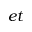
e t